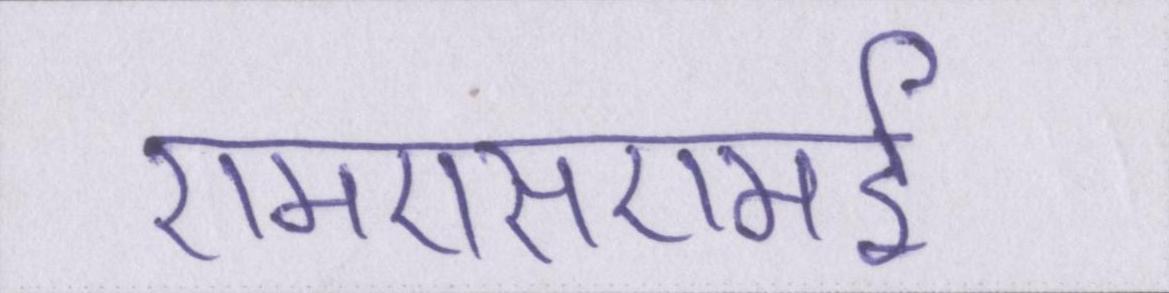
एमएसएमई